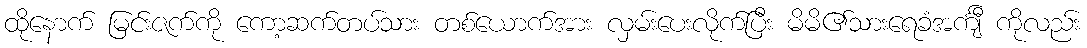
ထိုနောက် မြင်းဇက်ကို ကော့ဆက်တပ်သား တစ်ယောက်အား လှမ်းပေးလိုက်ပြီး မိမိ၏သားရေခံအင်္ကျီ ကိုလည်း